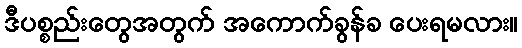
ဒီပစ္စည်းတွေအတွက် အကောက်ခွန်ခ ပေးရမလား။